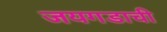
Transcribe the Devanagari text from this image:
जयगडाची